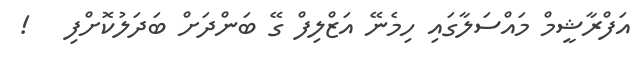
އަފްރާޝީމް މައްސަލާގައި ހިމެނޭ އަޒްލިފް ގޭ ބަންދަށް ބަދަލުކޮށްފި   !